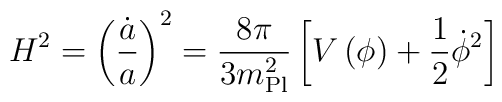
H^2 = \left({\dot a \over a}\right)^2 = {8 \pi \over 3 m_{\rm Pl}^2} \left[V\left(\phi\right) + {1 \over 2} \dot\phi^2\right]